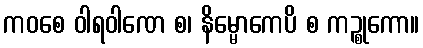
ကဝစေ ဝါရဝါဏေ စ၊ နိမ္မောကေပိ စ ကဉ္စုကော။